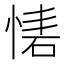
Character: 𢝇